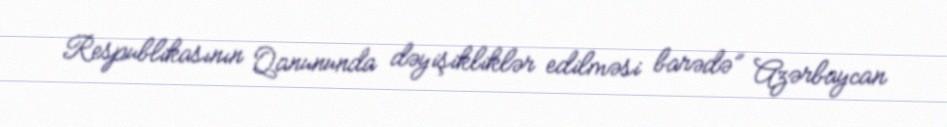
Respublikasının Qanununda dəyişikliklər edilməsi barədə” Azərbaycan